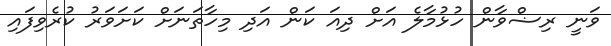
ވަނީ ރިޟްވާން ހުޅުމާލެ އަށް ދިއަ ކަން އަދި މިހާތަނަށް ކަށަވަރު ކުރެވިފައި